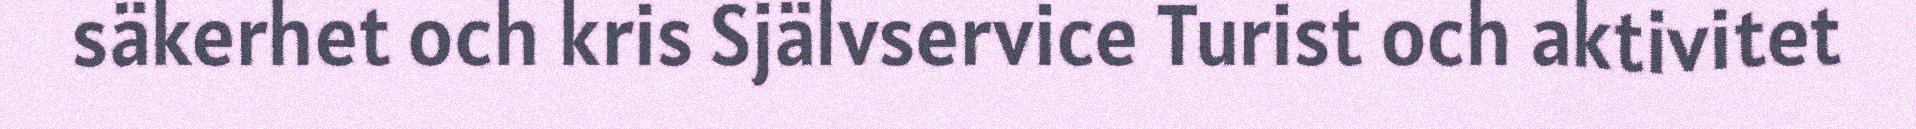
säkerhet och kris Självservice Turist och aktivitet